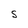
Character: S